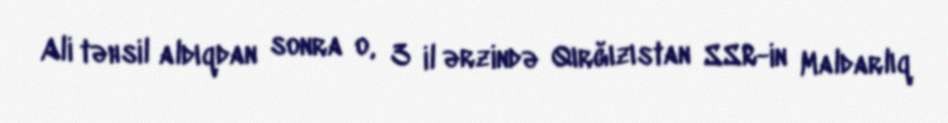
Ali təhsil aldıqdan sonra o, 3 il ərzində Qırğızıstan SSR-in Maldarlıq